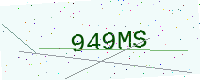
Text: 949MS